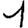
Digit: 1